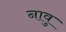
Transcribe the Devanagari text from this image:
नावु